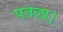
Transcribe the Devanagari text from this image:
पतला।